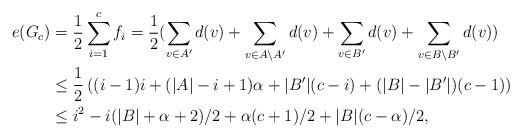
LaTeX: \begin{align*}e(G_c)&=\frac{1}{2}\sum_{i=1}^{c}f_i=\frac{1}{2}(\sum_{v\in A'}d(v)+\sum_{v\in A\backslash A'}d(v)+\sum_{v\in B'}d(v)+\sum_{v\in B\backslash B'}d(v))\\&\leq \frac{1}{2}\left((i-1)i+(|A|-i+1)\alpha+|B'|(c-i)+(|B|-|B'|)(c-1)\right)\\&\leq i^2-i(|B|+\alpha+2)/2+\alpha(c+1)/2+|B|(c-\alpha)/2,\end{align*}